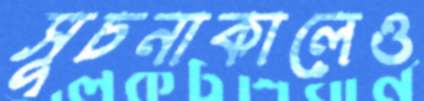
সূচনাকালেও